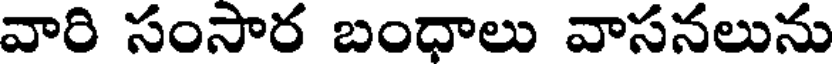
వారి సంసార బంధాలు వాసనలును